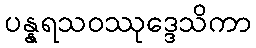
ပန္နရသဝဿုဒ္ဒေသိကာ